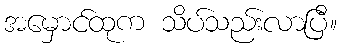
အမှောင်ထုက သိပ်သည်းလာပြီ။